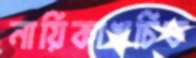
নায়িকাখচিত